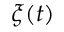
\xi ( t )